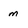
Character: m